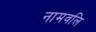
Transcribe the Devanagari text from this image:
नामवलि